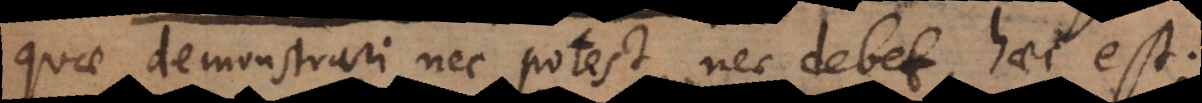
quae demonstrari nec potest nec debet, haec est: